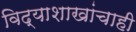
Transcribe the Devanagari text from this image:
विद्याशाखांचाही